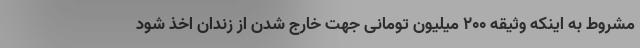
مشروط به اینکه وثیقه ۲۰۰ میلیون تومانی جهت خارج شدن از زندان اخذ شود